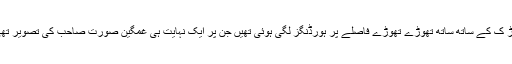
سڑ ک کے ساتھ ساتھ تھوڑے تھوڑے فاصلے پر ہورڈنگز لگی ہوئی تھیں جن پر ایک نہایت ہی غمگین صورت صاحب کی تصویر تھی۔